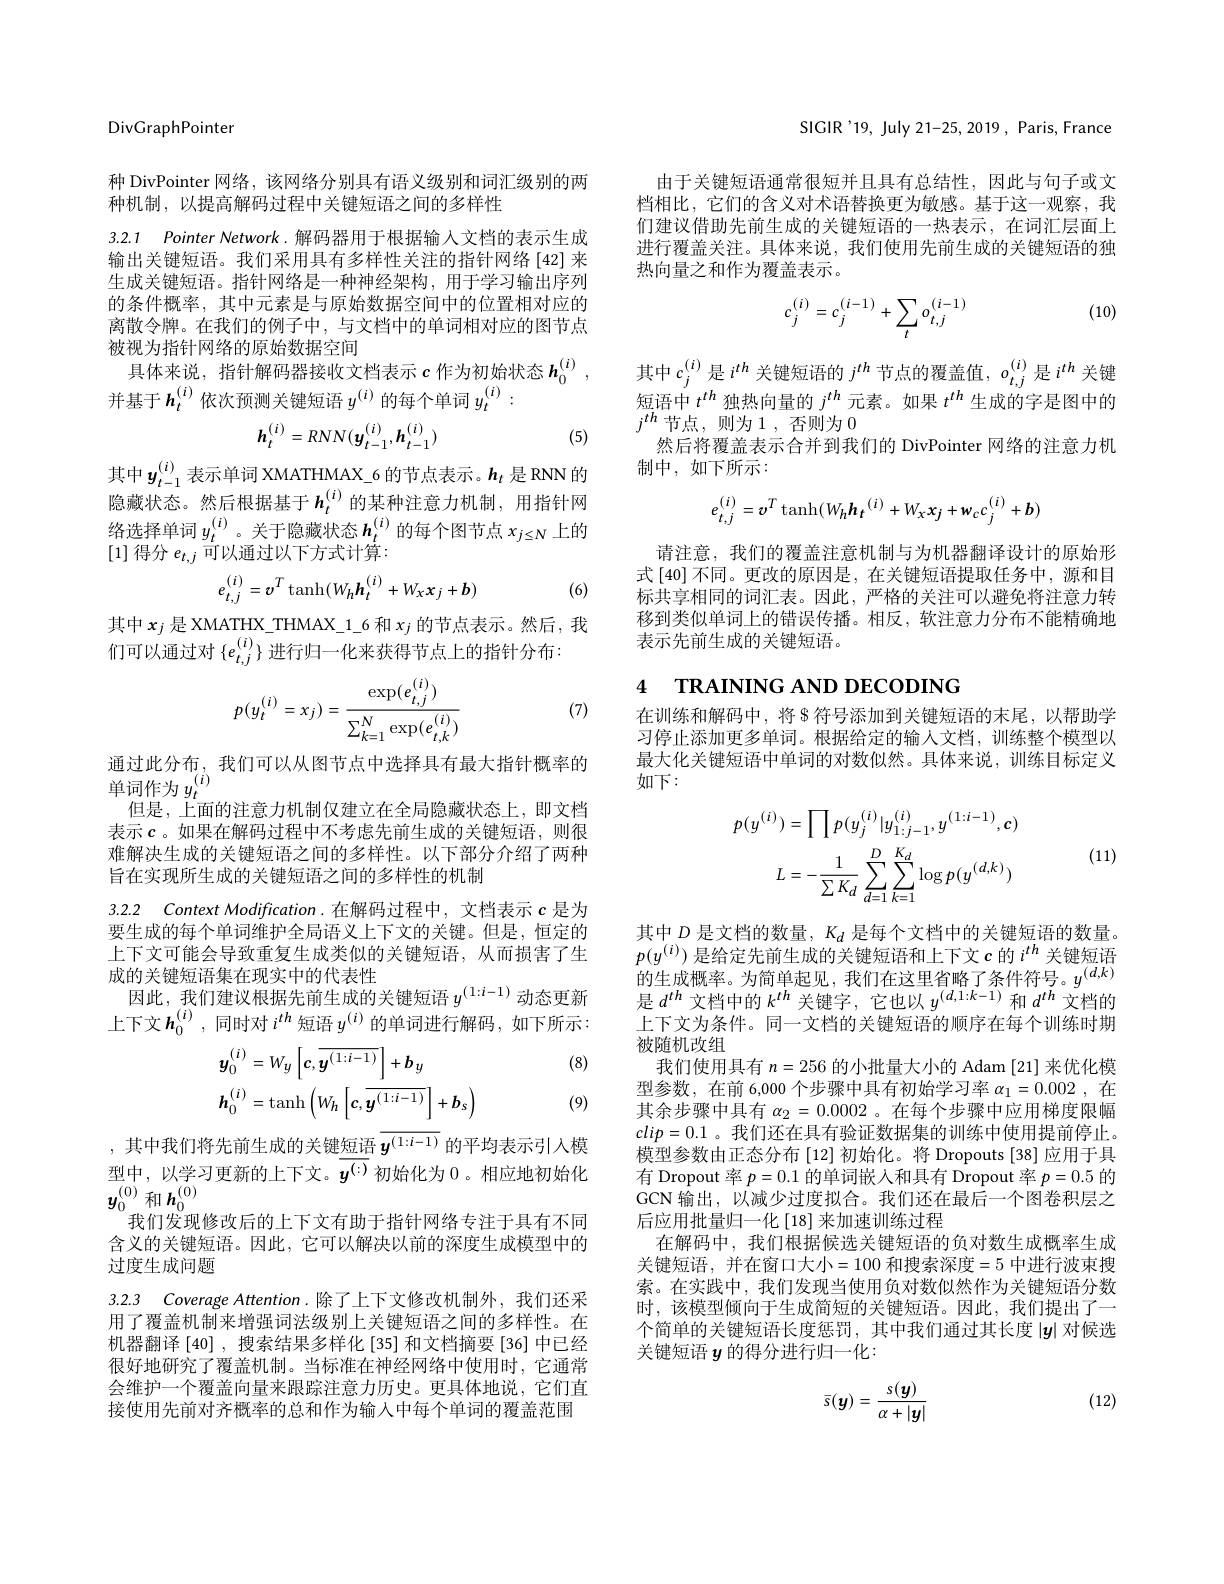
DivGraphPointer

种 DivPointer 网络，该网络分别具有语义级别和词汇级别的两
种机制，以提高解码过程中关键短语之间的多样性

3.2.1 Pointer Network.解码器用于根据输人文档的表示生成

输出关键短语。我们采用具有多样性关注的指针网络[42]来生成关键短语。指针网络是一种神经架构，用于学习输出序列的条件概率，其中元素是与原始数据空间中的位置相对应的离散令牌。在我们的例子中，与文档中的单词相对应的图节点被视为指针网络的原始数据空间
具 体 来 说 , 指 针 解 码 器 接 收 文 档 表 示 $c$ 作 为 初 始 状 态 $h_0^{( i) }$,
并基于$\boldsymbol{h}_t^{(i)}$依次预测关键短语$y^{(i)}$的每个单词$y_t^{(i)}:$
$$h_{t}^{(i)}=RNN(y_{t-1}^{(i)},h_{t-1}^{(i)})$$
(5)

其中$y_{t-1}^{(i)}$ 表示单词 XMATHMAX\_6 的节点表示。$h_t$ 是 RNN 的隐藏状态。然后根据基于$h_t^{(i)}$的某种注意力机制，用指针网络选择单词$y_t^{(i)}$。关于隐藏状态$\boldsymbol h_t^{(i)}$的每个图节点 $x_j\leq N$ 上的[1]得分$e_t,j$可以通过以下方式计算：
$$e_{t,j}^{(i)}=\boldsymbol{v}^T\tanh(W_h\boldsymbol{h}_t^{(i)}+W_x\boldsymbol{x}_j+\boldsymbol{b})$$
(6)

其中$x_j$是 XMATHX\_THMAX\_1\_6 和$x_j$的节点表示。然后，我
们可以通过对$\{e_t,j^{(i)}\}$进行归一化来获得节点上的指针分布：
$$p(y_t^{(i)}=x_j)=\frac{\exp(e_{t,j}^{(i)})}{\sum_{k=1}^{N}\exp(e_{t,k}^{(i)})}$$
(7)

通过此分布，我们可以从图节点中选择具有最大指针概率的
单 词 作 为 $y_{t}^{( i) }$ 但 且 上 面
但是，上面的注意力机制仅建立在全局隐藏状态上，即文档表示$c$ 。如果在解码过程中不考虑先前生成的关键短语，则很难解决生成的关键短语之间的多样性。以下部分介绍了两种旨在实现所生成的关键短语之间的多样性的机制

3.2.2 Context Modification.在解码过程中，文档表示$c$是为要生成的每个单词维护全局语义上下文的关键。但是，恒定的上下文可能会导致重复生成类似的关键短语，从而损害了生成的关键短语集在现实中的代表性
因此，我们建议根据先前生成的关键短语$y^{(1:i-1)}$动态更新上下文$h_0^{(i)}$,同时对$i^{th}$短语$y^{(i)}$的单词进行解码，如下所示：

(8)
$$\begin{aligned}&\boldsymbol{y}_{0}^{(i)}=W_{y}\left[c,\overline{{y^{(1:i-1)}}}\right]+b_{y}\\&\boldsymbol{h}_{0}^{(i)}=\mathrm{tanh}\left(W_{h}\left[c,\overline{{y^{(1:i-1)}}}\right]+b_{s}\right)\end{aligned}$$
(9)

,其中我们将先前生成的关键短语$\overline{\boldsymbol{y}^{(1:i-1)}}$的平均表示引入模型中，以学习更新的上下文。$\overline{y^{(:)}}$初始化为 0。相应地初始化$\boldsymbol{y}_{0}^{(0)}$和$\boldsymbol{h}_0^{(0)}$
我们发现修改后的上下文有助于指针网络专注于具有不同含义的关键短语。因此，它可以解决以前的深度生成模型中的过度生成问题

3.2.3 Coverage Attention.除了上下文修改机制外，我们还采用了覆盖机制来增强词法级别上关键短语之间的多样性。在机器翻译[40] ,搜索结果多样化 [35] 和文档摘要 [36] 中已经很好地研究了覆盖机制。当标准在神经网络中使用时，它通常会维护一个覆盖向量来跟踪注意力历史。更具体地说，它们直接使用先前对齐概率的总和作为输入中每个单词的覆盖范围

SIGIR'19, July 21-25, 2019, Paris, France

由于关键短语通常很短并且具有总结性，因此与句子或文档相比，它们的含义对术语替换更为敏感。基于这一观察，我们建议借助先前生成的关键短语的一热表示，在词汇层面上进行覆盖关注。具体来说，我们使用先前生成的关键短语的独热向量之和作为覆盖表示。

(10)
$$c_j^{(i)}=c_j^{(i-1)}+\sum_to_{t,j}^{(i-1)}$$
其中$c_j^{(i)}$是$i^{th}$关键短语的$j^{th}$节点的覆盖值，$o_t,j^{(i)}$是$i^{th}$关银短语中$t^{th}$独热向量的$j^th$元素。如果$t^{th}$生成的字是图中的$j^{th}$节点，则为1，否则为 0
然后将覆盖表示合并到我们的 DivPointer 网络的注意力机
制中，如下所示：
$$e_{t,j}^{(i)}=\boldsymbol{v}^T\tanh(W_h\boldsymbol{h}_t^{(i)}+W_x\boldsymbol{x}_j+\boldsymbol{w}_cc_j^{(i)}+\boldsymbol{b})$$
请注意，我们的覆盖注意机制与为机器翻译设计的原始形式 [40] 不同。更改的原因是，在关键短语提取任务中，源和目标共享相同的词汇表。因此，严格的关注可以避免将注意力转移到类似单词上的错误传播。相反，软注意力分布不能精确地表示先前生成的关键短语。

# 4 $\textbf{TRAINING AND DECODING}$

在训练和解码中，将$\mathfrak{S}$符号添加到关键短语的末尾，以帮助学习停止添加更多单词。根据给定的输入文档，训练整个模型以最大化关键短语中单词的对数似然。具体来说，训练目标定义如下：
$$p(y^{(i)})=\prod p(y_{j}^{(i)}|y_{1:j-1}^{(i)},y^{(1:i-1)},c)\\L=-\frac{1}{\sum K_{d}}\sum_{d=1}^{D}\sum_{k=1}^{K_{d}}\log p(y^{(d,k)})$$
(11)

其中$D$是文档的数量，$K_d$是每个文档中的关键短语的数量。$p(y^{(i)})$是给定先前生成的关键短语和上下文$c$的$i^th$关键短语F( 9) , 他 由 在 ) , 他 们 的 生 成 概 率 。为 简 单 起 见 , 我 们 在 这 里 省 略 了 条 件 符 号 。$y^{( d, k) }$ 的 生 成 概 率 。为 简 单 起 见 , 我 们 在 这 里 省 略 了 条 件 符 号 。$y^{( d, k) }$ 是$d^{th}$文档中的$k^th$关键字，它也以$y^(d,1:k-1)$和$d^{th}$文档的上下文为条件。同一文档的关键短语的顺序在每个训练时期被随机改组
我们使用具有$n=256$的小批量大小的 Adam [21] 来优化模型参数，在前 6,000 个步骤中具有初始学习率$\alpha _1= 0. 002$ ,在其余步骤中具有$\alpha_{2}=0.0002$ 。在每个步骤中应用梯度限幅$clip=0.1$。我们还在具有验证数据集的训练中使用提前停止。模型参数由正态分布 [12] 初始化。将 Dropouts [38] 应用于具有 Dropout 率$p=0.1$的单词嵌入和具有 Dropout 率$p=0.5$的$\dot{GCN\text{ 输出，以减少过度拟合。我们还在最后一个图卷积层之}}$ 后应用批量归一化$\left[18\right]$来加速训练过程
在解码中，我们根据候选关键短语的负对数生成概率生成关键短语，并在窗口大小=100 和搜索深度=5 中进行波束搜索。在实践中，我们发现当使用负对数似然作为关键短语分数时，该模型倾向于生成简短的关键短语。因此，我们提出了一个简单的关键短语长度惩罚，其中我们通过其长度$|y|$对候选关键短语$y$的得分进行归一化：
$$\bar{s}(y)=\frac{s(y)}{\alpha+|y|}$$
(12)